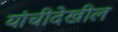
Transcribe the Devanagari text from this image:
यांचीदेखील